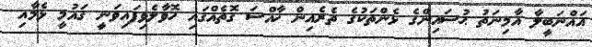
އައްނަބީލާ އާމިނަތު ޙުސައިންގެ ޅެންތަކުގެ ތެރެއިން ޚާއްސަ ގޮތެއްގައި ހޮވާލެވިފައިވަނީ ޤައުމީ ޅެމާއި